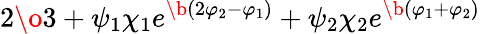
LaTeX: {2\o 3}+\psi_{1}\chi_{1}e^{\b(2\varphi_{2}-\varphi_{1})}+\psi_{2}\chi_{2}e^{\b(\varphi_{1}+\varphi_{2})}